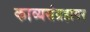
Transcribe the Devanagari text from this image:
काव्यसंग्रहावर